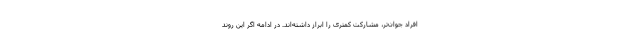
افراد جوان‌تر، مشارکت کمتری را ابراز داشته‌اند. در ادامه اگر این روند